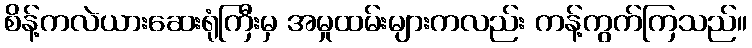
စိန့်ကလဲယားဆေးရုံကြီးမှ အမှုထမ်းများကလည်း ကန့်ကွက်ကြသည်။